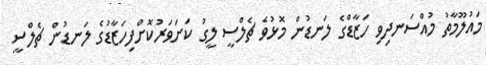
މައުލޫމާތު މުއްސަނދިވި ހަޒާޑްގެ ލަނޑުން މޮޅުވެ ޗެލްސީ ލީގު ކަށަވަރުކޮށްފިހަޒާޑުގެ ލަނޑުން ޗެލްސީ